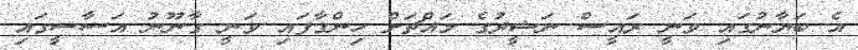
އެ ބަޔާނުގައި ވަނީ ރައީސް ނަޝީދުގެ މައްޗަށް ހިންގާފައި ވަނީ ގާނޫނު އަސާސީގައި